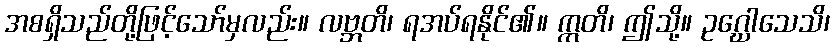
အစရှိသည်တို့ဖြင့်သော်မှလည်း။ လဗ္ဘတိ၊ ရအပ်ရနိုင်၏။ ဣတိ၊ ဤသို့။ ဥဂ္ဃေါသေသိ၊